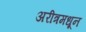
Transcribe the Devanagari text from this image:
अरीत्रमधून